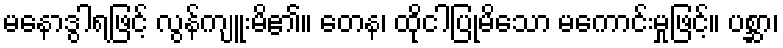
မနောဒွါရဖြင့် လွန်ကျူးမိ၏။ တေန၊ ထိုငါပြုမိသော မကောင်းမှုဖြင့်။ ပစ္ဆာ၊